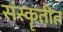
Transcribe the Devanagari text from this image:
संस्कॄतीत